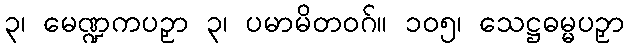
၃၊ မေဏ္ဍကပဉှာ ၃၊ ပမာမိတဝဂ်။ ၁၀၅၊ သေဋ္ဌဓမ္မပဉှာ